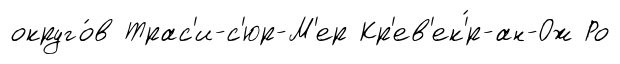
округо́в Трас'и-с'юр-М'ер Кр'ев'ек'́р-ан-Ож Ро